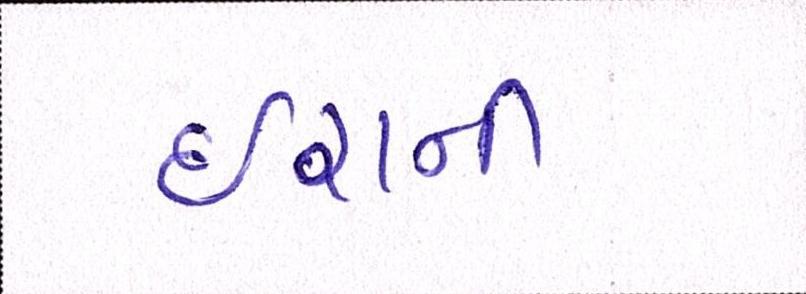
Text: ઈરાની